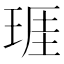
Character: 𤦐